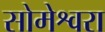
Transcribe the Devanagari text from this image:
सोमेश्वरा